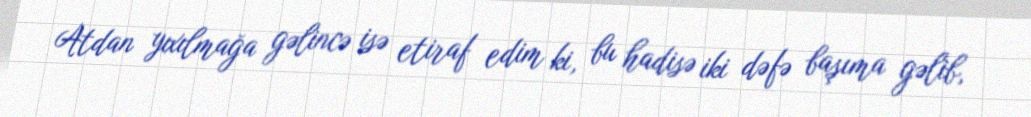
Atdan yıxılmağa gəlincə isə etiraf edim ki, bu hadisə iki dəfə başıma gəlib,